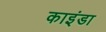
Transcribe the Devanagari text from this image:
काइंडा